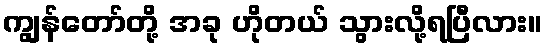
ကျွန်တော်တို့ အခု ဟိုတယ် သွားလို့ရပြီလား။